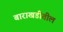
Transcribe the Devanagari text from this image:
बाराखडीतील